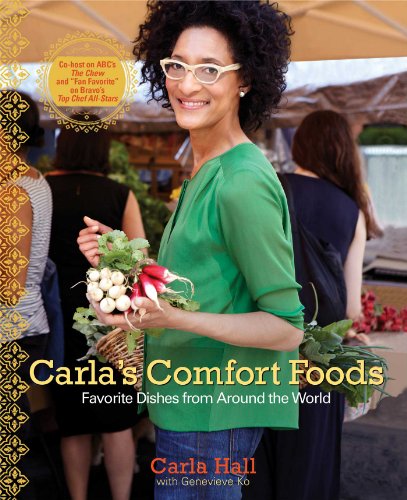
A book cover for Carla's Comfort Foods: Favorite Dishes from Around the World; Carla Hall; Cookbooks, Food & Wine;